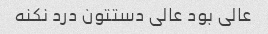
عالی بود عالی دستتون درد نکنه